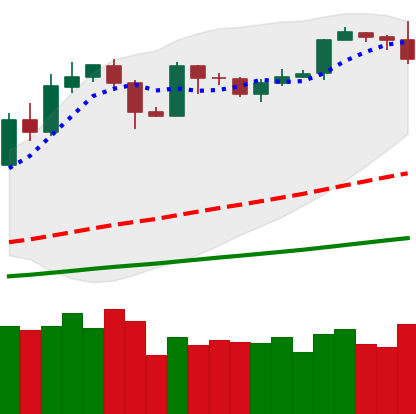
Ticker: BTC-USD
Chart end date: 2019-05-30
Forward return: -7.353%
Label: down_7plus